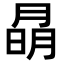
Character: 𭨽